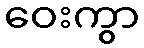
ဝေးကွာ